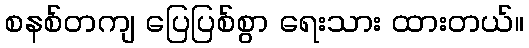
စနစ်တကျ ပြေပြစ်စွာ ရေးသား ထားတယ်။